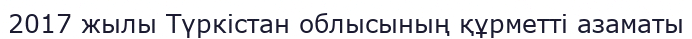
2017 жылы Түркістан облысының құрметті азаматы